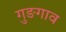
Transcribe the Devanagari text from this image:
गुङगाव